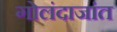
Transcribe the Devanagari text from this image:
गोलंदाजांत